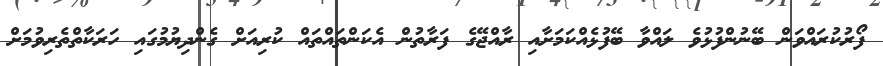
ފޯރުކުރައްވަން ބޭނުންފުޅުވެ ލައްވާ ބޭފުޅެއްކަމަށާއި ރާއްޖޭގެ ފަރާތުން އެކަންތައްތައް ކުރިއަށް ގެންދިޔުމުގައި ހަރަކާތްތެރިވުމަށް